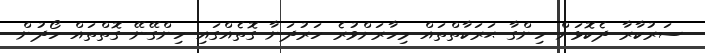
ސަރުކާރާ ދެކޮޅަށް ހިންގާ ޙަރަކާތްތައް މިހާރަށްވުރެ ހަރުދަނާ ގޮތެއްގައި ހިންގޭނޭ ގޮތްތައް ހޯދުން